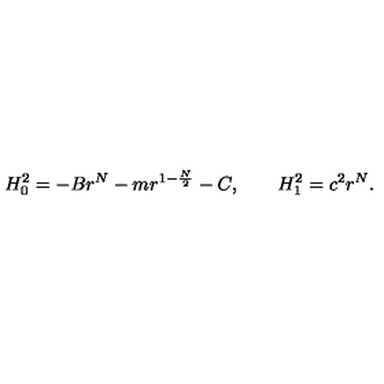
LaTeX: H _ { 0 } ^ { 2 } = - B r ^ { N } - m r ^ { 1 - \frac { N } { 2 } } - C , \qquad H _ { 1 } ^ { 2 } = c ^ { 2 } r ^ { N } .